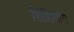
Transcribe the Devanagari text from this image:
शिंशियांग